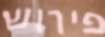
פירוש